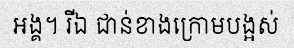
អង្គ។ រីឯ ជាន់ខាងក្រោមបង្អស់